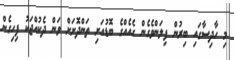
މި ހާދިސާގައި ބިރުން ފިލަންވެގެން ގެއެއްގެ ބޮޑުއަށި ތަންދޮށަށް ވަން ދެކުއްޖަކު ފިހިގެން